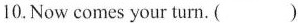
10.Now comes your turn. ( )